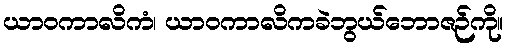
ယာဝကာလိကံ၊ ယာဝကာလိကခဲဘွယ်ဘောဇဉ်ကို။